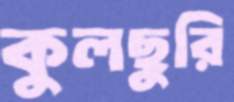
কুলছুরি